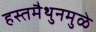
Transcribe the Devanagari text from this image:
हस्तमैथुनमुळे